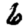
Digit: 6